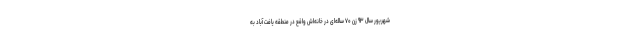
شهریور سال ۹۳ زن ۷۰ ساله‌ای در خانه‌اش واقع در منطقه یافت آباد به